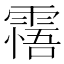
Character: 𩄭